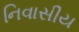
નિવાસીય